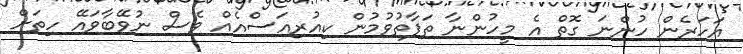
އަހަރެން ހުންނަ ގޮތް އެ މީހުންނާ ތަފާތުވުމުން ކިއުރިއަސްއެއް ވެސް ނުވޭބާވައޭ ހިތަށް